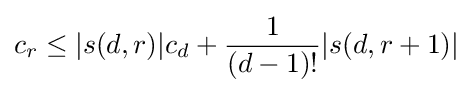
c_{r}\leq |s(d,r)|c_{d}+{\frac {1}{(d-1)!}}|s(d,r+1)|